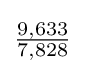
{\tfrac {9,633}{7,828}}